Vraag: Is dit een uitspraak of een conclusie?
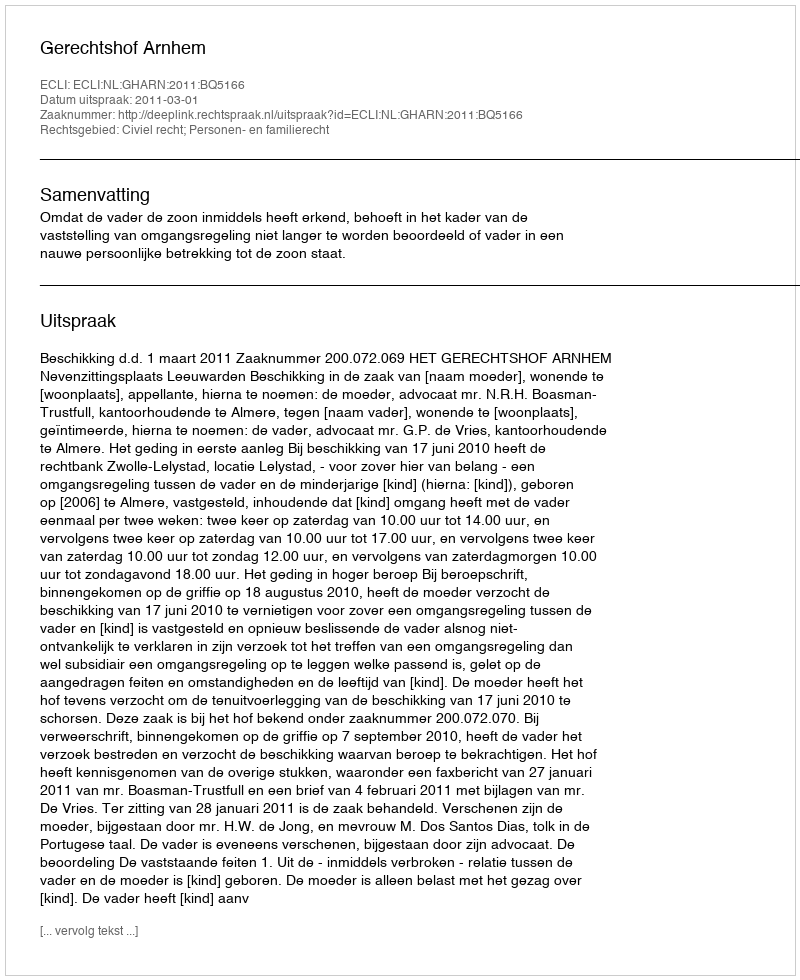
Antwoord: Uitspraak